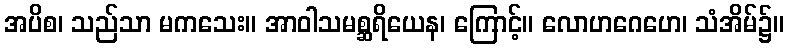
အပိစ၊ သည်သာ မကသေး။ အာဝါသမစ္ဆရိယေန၊ ကြောင့်။ လောဟဂေဟေ၊ သံအိမ်၌။